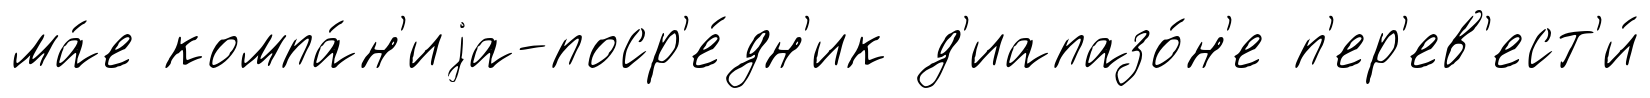
ма́е компа́н'иjа-поср'е́дн'ик д'иапазо́н'е п'ер'ев'ест'и́